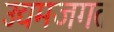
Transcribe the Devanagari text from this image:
उद्यमजगत